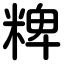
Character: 粺